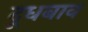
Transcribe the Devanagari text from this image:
दूधबाव